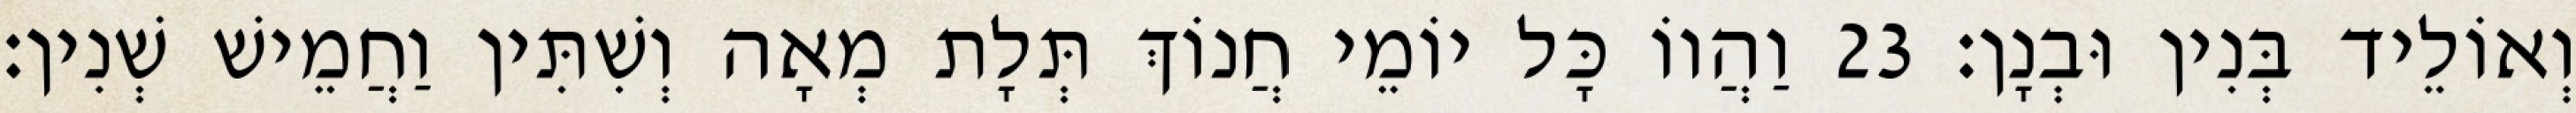
וְאוֹלֵיד בְּנִין וּבְנָן׃ 23 וַהֲווֹ כָּל יוֹמֵי חֲנוֹךְ תְּלָת מְאָה וְשִׁתִּין וַחֲמֵישׁ שְׁנִין׃